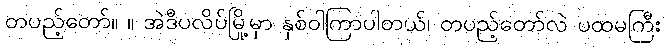
တပည့်တော်။ ။ အဲဒီပလိပ်မြို့မှာ နှစ်ဝါကြာပါတယ်၊ တပည့်တော်လဲ ပထမကြီး